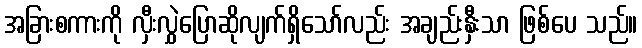
အခြားစကားကို လှီးလွှဲပြောဆိုလျက်ရှိသော်လည်း အချည်းနှီးသာ ဖြစ်ပေ သည်။